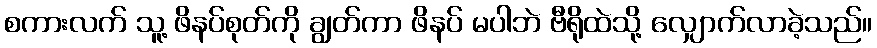
စကားလက် သူ့ ဖိနပ်စုတ်ကို ချွတ်ကာ ဖိနပ် မပါဘဲ ဗီရိုထဲသို့ လျှောက်လာခဲ့သည်။